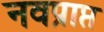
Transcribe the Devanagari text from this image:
नवप्राप्त